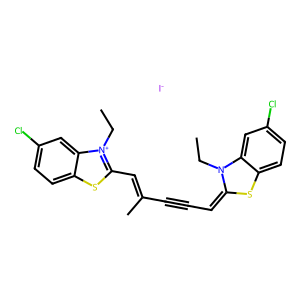
SMILES: CCN1C(=CC#CC(C)=Cc2sc3ccc(Cl)cc3[n+]2CC)Sc2ccc(Cl)cc21.[I-]
Inhibits HIV replication: No